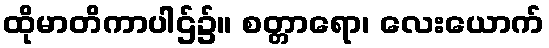
ထိုမာတိကာပါဌ်၌။ စတ္တာရော၊ လေးယောက်